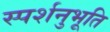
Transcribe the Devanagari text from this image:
स्पर्शनुभूति